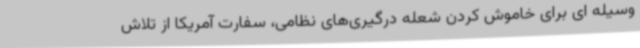
وسیله ای برای خاموش کردن شعله درگیری‌های نظامی، سفارت آمریکا از تلاش